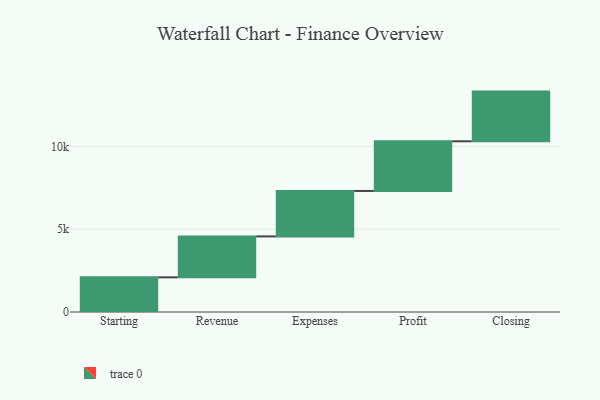
{"axis": {"x": "Step", "y": "Value"}, "legend": [""], "data": [{"x": "Starting", "y": 2094.0, "type": ""}, {"x": "Revenue", "y": 2471.0, "type": ""}, {"x": "Expenses", "y": 2745.0, "type": ""}, {"x": "Profit", "y": 3000, "type": ""}, {"x": "Closing", "y": 3000, "type": ""}]}